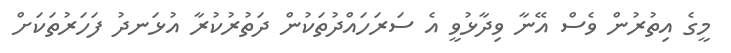
މީގެ އިތުރުން ވެސް އޭނާ ވިދާޅުވީ އެ ސަރަހައްދުތަކުން ދަތުރުކުރާ އުޅަނދު ފަހަރުތަކަށް